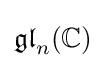
{\mathfrak {gl}}_{n}(\mathbb {C} )